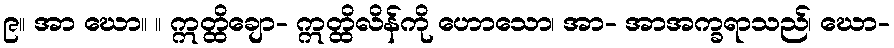
၉။ အာ ဃော။ ။ ဣတ္ထိချော- ဣတ္ထိလိန်ကို ဟောသော၊ အာ- အာအက္ခရာသည်၊ ဃော-